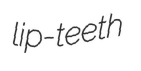
lip-teeth